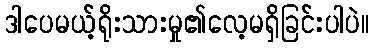
ဒါပေမယ့်ရိုးသားမှု၏လေ့မရှိခြင်းပါပဲ။